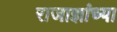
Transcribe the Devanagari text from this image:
राजाज्ञांच्या